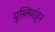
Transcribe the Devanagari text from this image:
मुस्लिमांहून